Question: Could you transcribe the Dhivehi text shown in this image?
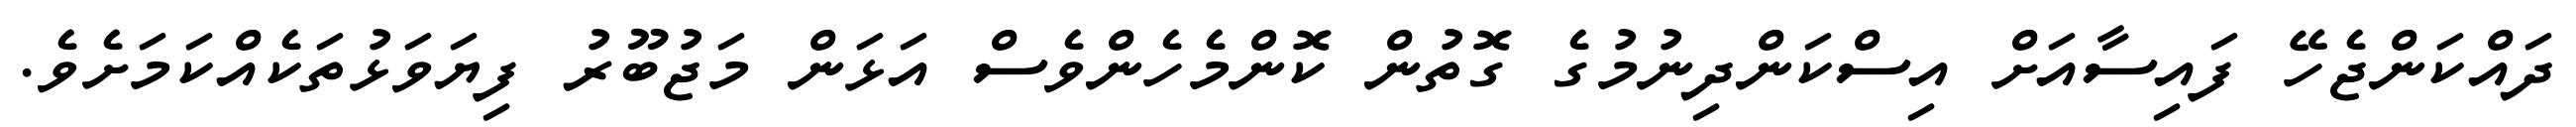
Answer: ދައްކަންޖެހޭ ފައިސާއަށް އިސްކަންދިނުމުގެ ގޮތުން ކޮންމެހެންވެސް އަޅަން މަޖުބޫރު ފިޔަވަޅުތަކެއްކަމަށެވެ.